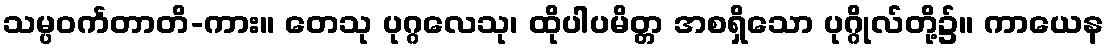
သမ္ပဝင်္ကတာတိ-ကား။ တေသု ပုဂ္ဂလေသု၊ ထိုပါပမိတ္တ အစရှိသော ပုဂ္ဂိုလ်တို့၌။ ကာယေန